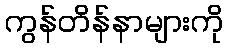
ကွန်တိန်နာများကို